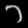
Digit: ၁